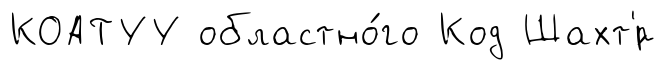
КОАТУУ областно́го Код Шахт'́р